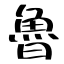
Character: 魯